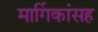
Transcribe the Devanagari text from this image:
मार्गिकांसह